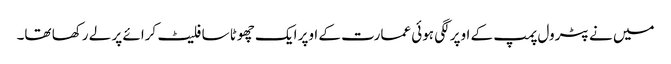
میں نے پٹرول پمپ کے اوپر لگی ہوئی عمارت کے اوپر ایک چھوٹا سا فلیٹ کرائے پر لے رکھا تھا۔